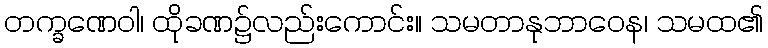
တက္ခဏေဝါ၊ ထိုခဏ၌လည်းကောင်း။ သမတာနုဘာဝေန၊ သမထ၏